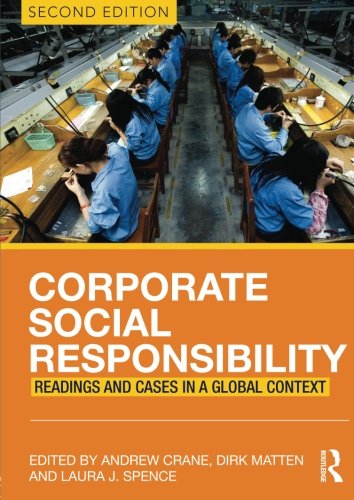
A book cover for Corporate Social Responsibility: Readings and Cases in a Global Context; Business & Money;